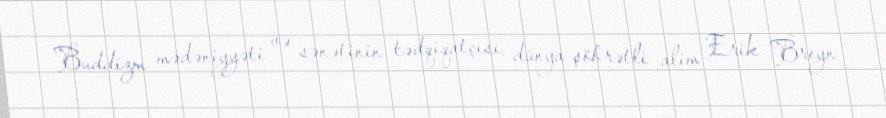
Buddizm mədəniyyəti və sənətinin tədqiqatçısı, dünya şöhrətli alim Erik Breyn